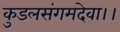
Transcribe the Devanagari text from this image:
कुडलसंगमदेवा।।